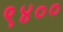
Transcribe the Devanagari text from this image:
९४००